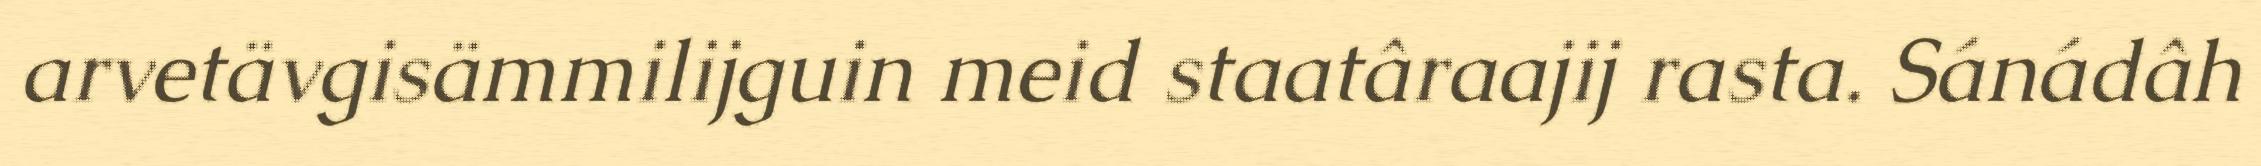
arvetävgisämmilijguin meid staatâraajij rasta. Sánádâh